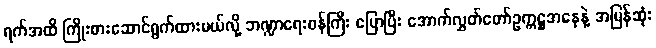
ရက်အထိ ကြိုးစားဆောင်ရွက်ထားမယ်လို့ ဘဏ္ဍာရေးဝန်ကြီး ပြောပြီး အောက်လွှတ်တော်ဥက္ကဋ္ဌအနေနဲ့ အမြန်ဆုံး